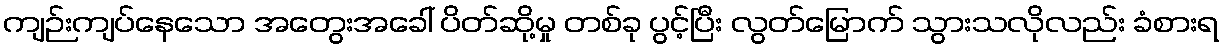
ကျဉ်းကျပ်နေသော အတွေးအခေါ် ပိတ်ဆို့မှု တစ်ခု ပွင့်ပြီး လွတ်မြောက် သွားသလိုလည်း ခံစားရ